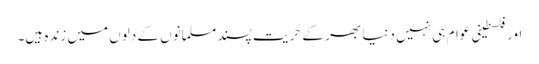
اور فلسطینی عوام ہی نہیں دنیا بھر کے حُریت پسند مسلمانوں کے دلوں میں زندہ ہیں۔